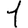
Digit: 1